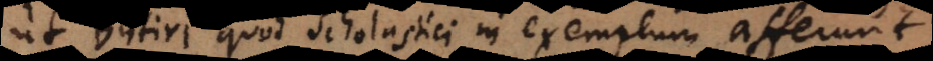
ut Blitiri, quod Scholastici in exemplum afferunt.